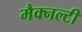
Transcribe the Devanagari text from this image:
मैक्नल्टी